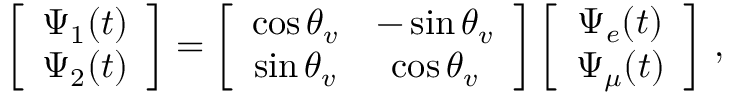
\left[ \begin{array} { c c } { { \Psi _ { 1 } ( t ) } } \\ { { \Psi _ { 2 } ( t ) } } \end{array} \right] = \left[ \begin{array} { c c } { { \cos { \theta _ { v } } } } & { { - \sin { \theta _ { v } } } } \\ { { \sin { \theta _ { v } } } } & { { \cos { \theta _ { v } } } } \end{array} \right] \left[ \begin{array} { c c } { { \Psi _ { e } ( t ) } } \\ { { \Psi _ { \mu } ( t ) } } \end{array} \right] \, ,